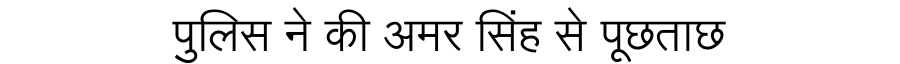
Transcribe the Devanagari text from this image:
पुलिस ने की अमर सिंह से पूछताछ